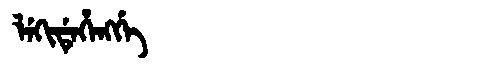
Manchu: ᠯᡝᡴᡳᡩᡝᡥᡝᠩᡤᡝ
Romanization: LEKIDEHENGGE